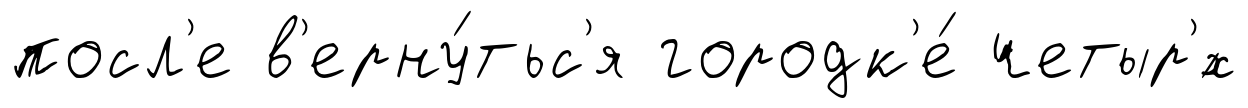
посл'е в'ерну́тьс'я городк'е́ четыр'́х